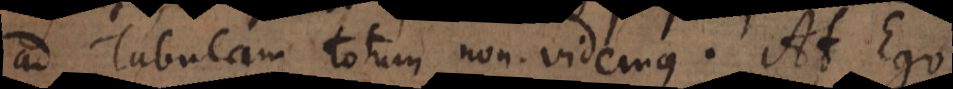
ad Tabulam totum non videmus. At Ego